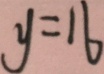
y = 1 6